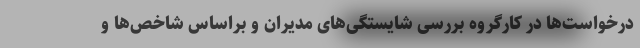
درخواست‌ها در کارگروه بررسی شایستگی‌های مدیران و براساس شاخص‌ها و